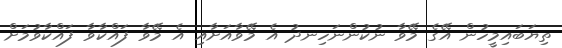
ތިޔަބައިމީހުން އޭގެ މޭވާ ނުކުންނަހިނދު އެ މޭވާއަށާއި އެ މޭވާ ފައްކާވާ ފައްކާވުމަށް